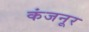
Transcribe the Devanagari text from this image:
कंजनूर